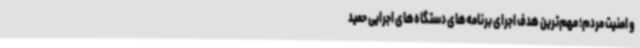
و امنیت مردم؛ مهم‌ترین هدف اجرای برنامه‌های دستگاه‌های اجرایی حمید